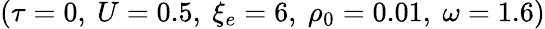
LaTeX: (\tau=0,~U=0.5,~\xi_{e}=6,~\rho_{0}=0.01,~\omega=1.6)